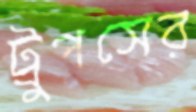
ট্রুপসের